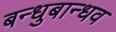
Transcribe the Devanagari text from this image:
बन्धुबान्धव